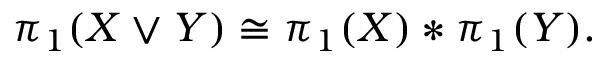
\pi _ { 1 } ( X \vee Y ) \cong \pi _ { 1 } ( X ) * \pi _ { 1 } ( Y ) .